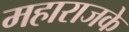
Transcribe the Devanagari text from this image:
महाराजके